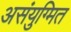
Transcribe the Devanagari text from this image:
असंयुग्मित